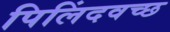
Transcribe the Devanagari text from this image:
पिलिंदवच्छ